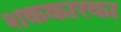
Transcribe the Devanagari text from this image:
शककारका